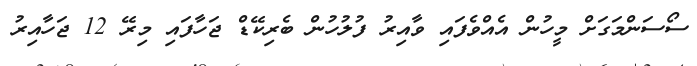
ސޯސަންމަގަށް މީހުން އެއްވެފައި ވާއިރު ފުލުހުން ބެރިކޭޑް ޖަހާފައި މިރޭ 12 ޖަހާއިރު